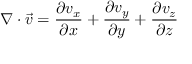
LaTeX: \nabla \cdot { \vec { v } } = { \frac { \partial v _ { x } } { \partial x } } + { \frac { \partial v _ { y } } { \partial y } } + { \frac { \partial v _ { z } } { \partial z } }